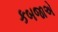
કબજાએ